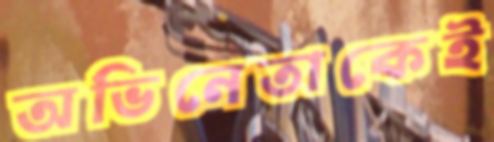
অভিনেতাকেই